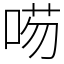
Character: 㖴